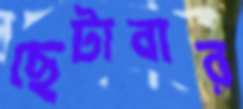
ছেটাবার